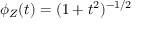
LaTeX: \phi _ { Z } ( t ) = ( 1 + t ^ { 2 } ) ^ { - 1 / 2 }